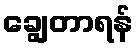
ချွေတာရန်